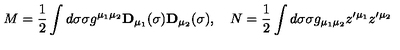
M = { \frac 1 2 } \int d \sigma \sigma g ^ { \mu _ { 1 } \mu _ { 2 } } { \bf D } _ { \mu _ { 1 } } ( \sigma ) { \bf D } _ { \mu _ { 2 } } ( \sigma ) , \quad N = { \frac 1 2 } \int d \sigma \sigma g _ { \mu _ { 1 } \mu _ { 2 } } z ^ { \prime \mu _ { 1 } } z ^ { \prime \mu _ { 2 } }